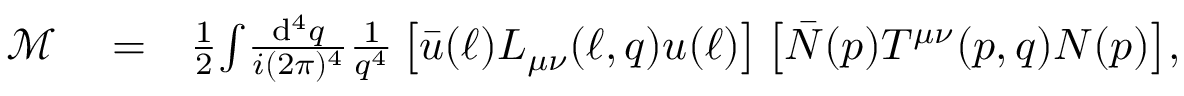
\begin{array} { r l r } { \mathcal { M } } & { { } = } & { \frac { 1 } { 2 } \! \int \! \frac { \mathrm { d } ^ { 4 } q } { i ( 2 \pi ) ^ { 4 } } \frac { 1 } { q ^ { 4 } } \left[ \bar { u } ( \ell ) L _ { \mu \nu } ( \ell , q ) u ( \ell ) \right] \left[ \bar { N } ( p ) T ^ { \mu \nu } ( p , q ) N ( p ) \right] \! , } \end{array}